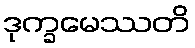
ဒုက္ခမေဿတိ